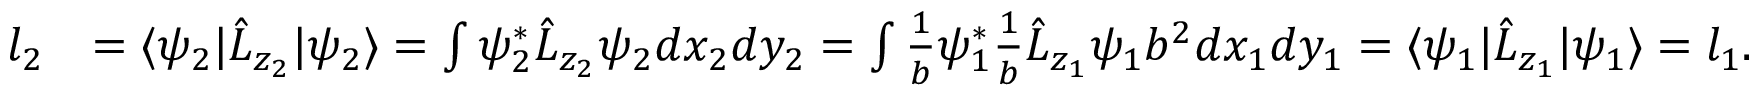
\begin{array} { r l } { l _ { 2 } } & { = \langle \psi _ { 2 } | \hat { L } _ { z _ { 2 } } | \psi _ { 2 } \rangle = \int { \psi _ { 2 } ^ { * } \hat { L } _ { z _ { 2 } } \psi _ { 2 } d x _ { 2 } d y _ { 2 } } = \int { \frac { 1 } { b } \psi _ { 1 } ^ { * } \frac { 1 } { b } \hat { L } _ { z _ { 1 } } \psi _ { 1 } b ^ { 2 } d x _ { 1 } d y _ { 1 } } = \langle \psi _ { 1 } | \hat { L } _ { z _ { 1 } } | \psi _ { 1 } \rangle = l _ { 1 } . } \end{array}